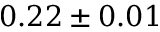
0 . 2 2 \pm 0 . 0 1